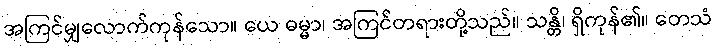
အကြင်မျှလောက်ကုန်သော။ ယေ ဓမ္မာ၊ အကြင်တရားတို့သည်။ သန္တိ၊ ရှိကုန်၏။ တေသံ